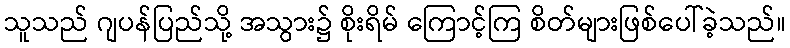
သူသည် ဂျပန်ပြည်သို့ အသွား၌ စိုးရိမ် ကြောင့်ကြ စိတ်များဖြစ်ပေါ်ခဲ့သည်။